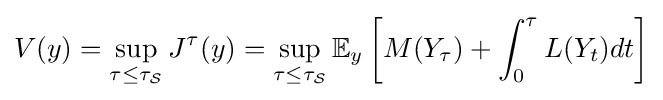
V(y)=\sup _{\tau \leq \tau _{\mathcal {S}}}J^{\tau }(y)=\sup _{\tau \leq \tau _{\mathcal {S}}}\mathbb {E} _{y}\left[M(Y_{\tau })+\int _{0}^{\tau }L(Y_{t})dt\right]